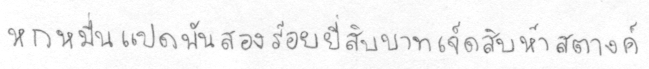
หกหมื่นแปดพันสองร้อยยี่สิบบาทเจ็ดสิบห้าสตางค์